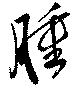
腫